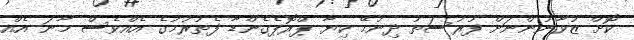
ކޮށް ޒުވާނުންނަށް ފުރުސަތު ދިނުމޭ ކިޔާ ޕްރޮޕެގެންޑާ ފެތުރުމުގެ އެއްވެސް މާނަ އެއް